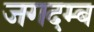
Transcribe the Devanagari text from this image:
जगदम्ब